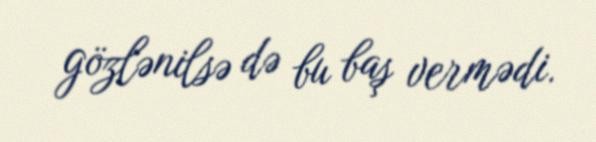
gözlənilsə də bu baş vermədi.